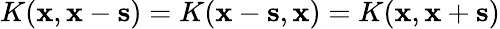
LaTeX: K(\mathbf{x},\mathbf{x}-\mathbf{s})=K(\mathbf{x}-\mathbf{s},\mathbf{x})=K(\mathbf{x},\mathbf{x}+\mathbf{s})